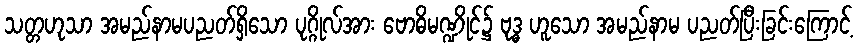
သတ္တဟုသာ အမည်နာမပညတ်ရှိသော ပုဂ္ဂိုလ်အား ဗောဓိမဏ္ဍိုင်၌ ဗုဒ္ဓ ဟူသော အမည်နာမ ပညတ်ပြီးခြင်းကြောင့်